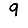
Digit: 9